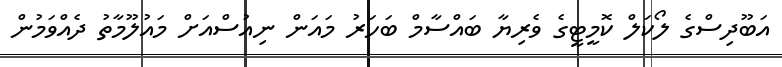
އަބޫދިސްގެ ލޯކަލް ކޮމީޓީގެ ވެރިޔާ ބައްސާމް ބަހަރު މައަން ނިއުސްއަށް މައުލޫމާތު ދެއްވަމުން